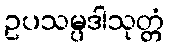
ဥပသမ္ပဒါသုတ္တံ